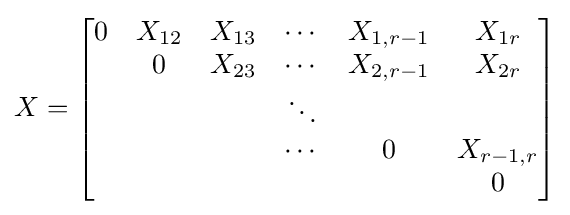
X={\begin{bmatrix}0&X_{12}&X_{13}&\cdots &X_{1,r-1}&X_{1r}\\&0&X_{23}&\cdots &X_{2,r-1}&X_{2r}\\&&&\ddots &\\&&&\cdots &0&X_{r-1,r}\\&&&&&0\end{bmatrix}}